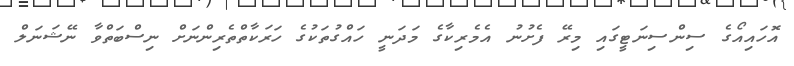
އޮހައިއޯގެ ސިންސިނަޓީގައި މިރޭ ފެށުނު އެމެރިކާގެ މަދަނީ ހައްގުތަކުގެ ހަރަކާތްތެރިންނަށް ނިސްބަތްވާ ނޭޝަނަލް